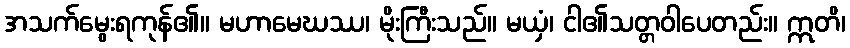
အသက်မွေးရကုန်၏။ မဟာမေဃဿ၊ မိုးကြီးသည်။ မယှံ၊ ငါ၏သတ္တဝါပေတည်း။ ဣတိ၊